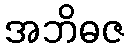
အဘိဓဇ